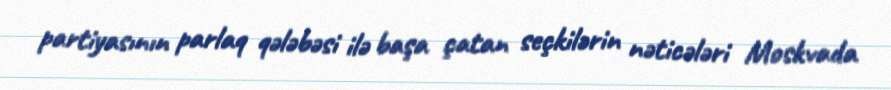
partiyasının parlaq qələbəsi ilə başa çatan seçkilərin nəticələri Moskvada